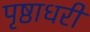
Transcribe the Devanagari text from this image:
पृष्ठाधरी